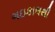
ગઇકાલથી